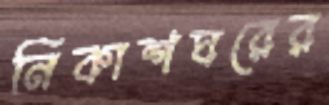
নিকাশঘরের